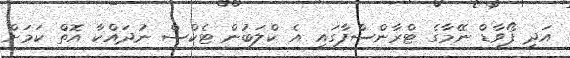
އަދި ފޯވާޑް ނޭމާގެ ޓްރާންސްފާގައި އެ ކްލަބުން ޓެކްސް ނުދައްކާ އޮތް ކަމަށް